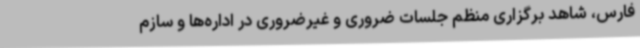
فارس، شاهد برگزاری منظم جلسات ضروری و غیرضروری در اداره‌ها و سازم